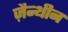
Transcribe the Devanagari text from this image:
ज़ैन्थीन